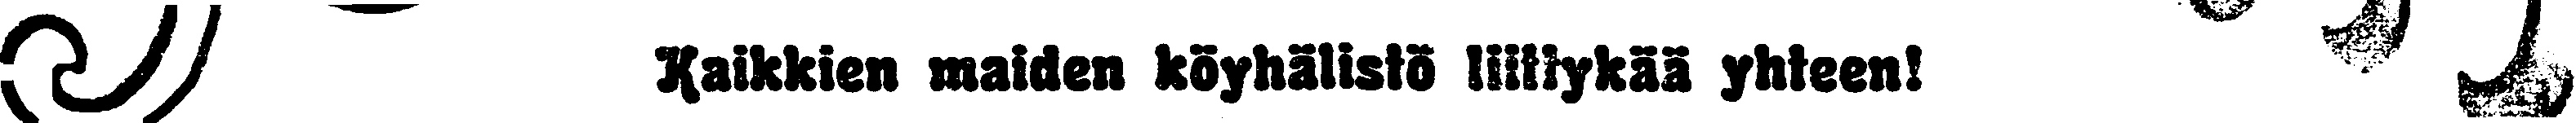
# Kaikkien maiden köyhälistö liittykää yhteen! #